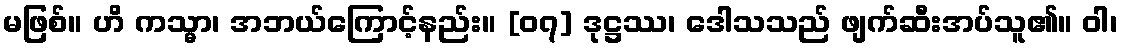
မဖြစ်။ ဟိ ကသ္မာ၊ အဘယ်ကြောင့်နည်း။ [၀၇] ဒုဋ္ဌဿ၊ ဒေါသသည် ဖျက်ဆီးအပ်သူ၏။ ဝါ၊